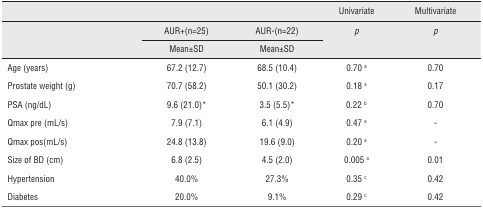
<table><thead><tr><td></td><td></td><td></td><td><b>Univariate</b></td><td><b>Multivariate</b></td></tr><tr><td></td><td><b>AUR+(n=25)</b></td><td><b>AUR-(n=22)</b></td><td><b><i>p</i></b></td><td><b><i>p</i></b></td></tr><tr><td></td><td><b>Mean±SD</b></td><td><b>Mean±SD</b></td><td></td><td></td></tr></thead><tbody><tr><td>Age (years)</td><td>67.2 (12.7)</td><td>68.5 (10.4)</td><td>0.70 a</td><td>0.70</td></tr><tr><td>Prostate weight (g)</td><td>70.7 (58.2)</td><td>50.1 (30.2)</td><td>0.18 a</td><td>0.17</td></tr><tr><td>PSA (ng/dL)</td><td>9.6 (21.0)*</td><td>3.5 (5.5)*</td><td>0.22 b</td><td>0.70</td></tr><tr><td>Qmax pre (mL/s)</td><td>7.9 (7.1)</td><td>6.1 (4.9)</td><td>0.47 a</td><td>-</td></tr><tr><td>Qmax pos(mL/s)</td><td>24.8 (13.8)</td><td>19.6 (9.0)</td><td>0.20 a</td><td>-</td></tr><tr><td>Size of BD (cm)</td><td>6.8 (2.5)</td><td>4.5 (2.0)</td><td>0.005 a</td><td>0.01</td></tr><tr><td>Hypertension</td><td>40.0%</td><td>27.3%</td><td>0.35 c</td><td>0.42</td></tr><tr><td>Diabetes</td><td>20.0%</td><td>9.1%</td><td>0.29 c</td><td>0.42</td></tr></tbody></table>